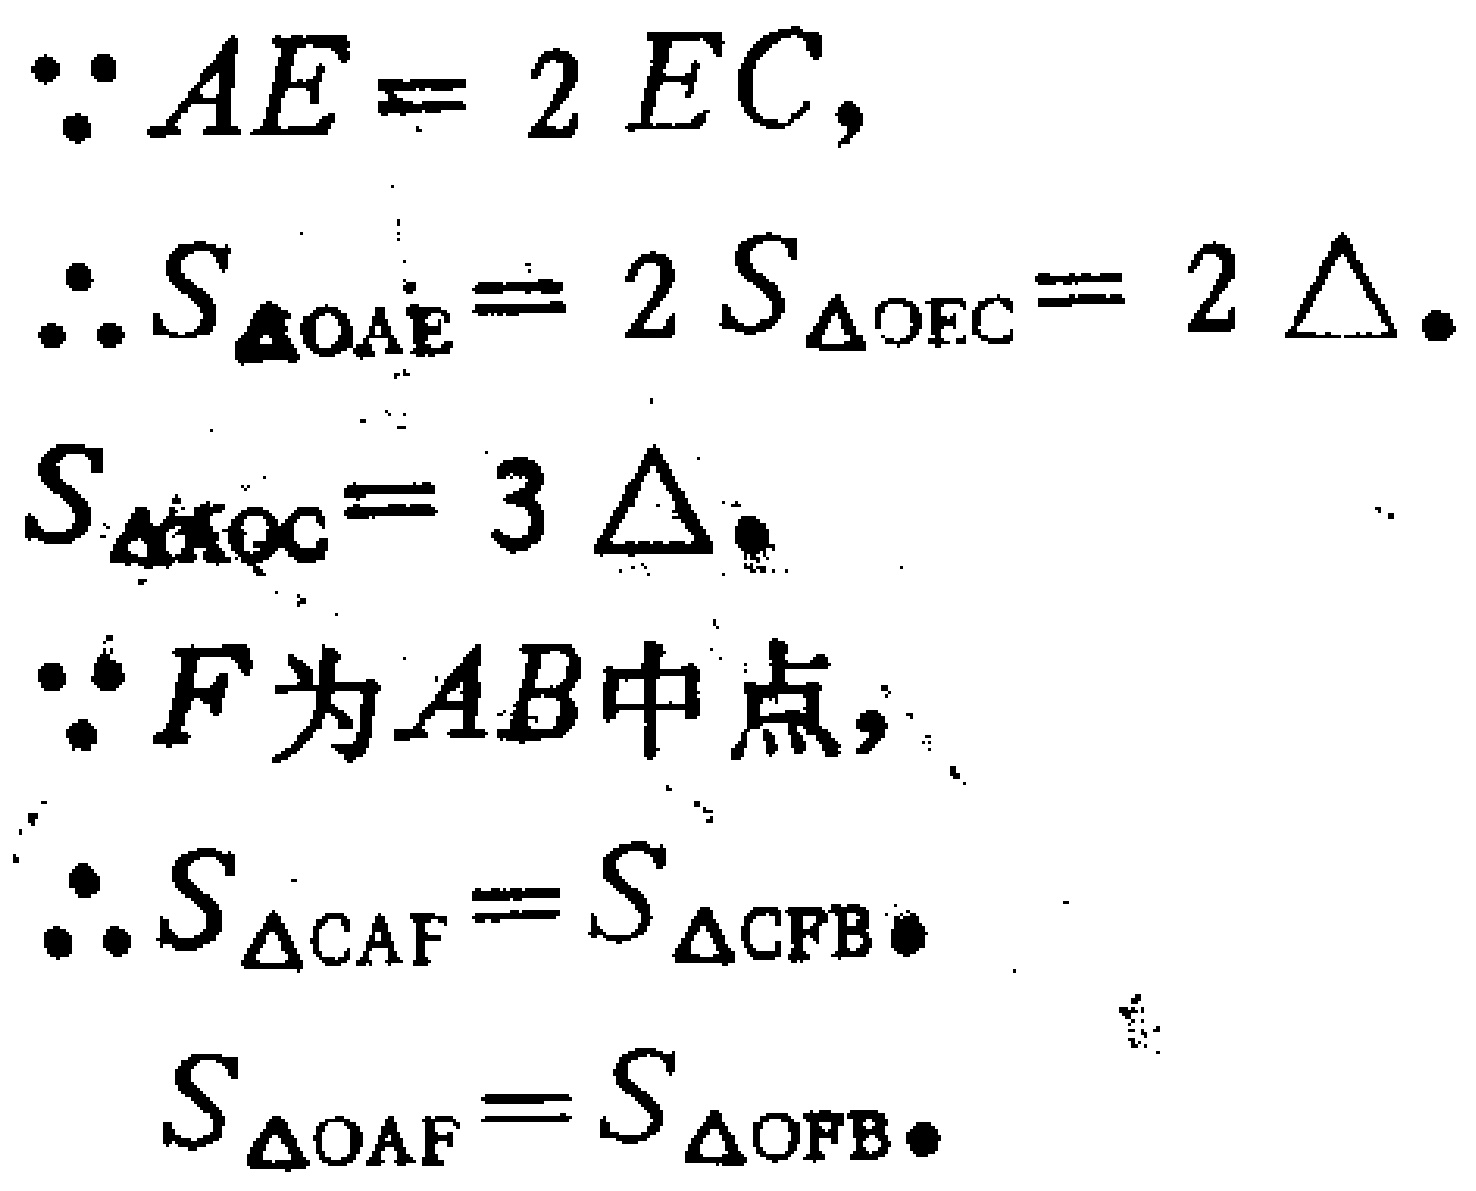
\[\begin{align*}
&\because AE = 2EC,\\
&\therefore S_{\triangle OAE}=2S_{\triangle OEC}=2\Delta.\\
&S_{\triangle AOC}=3\Delta.\\
&\because F为AB中点,\\
&\therefore S_{\triangle CAF}=S_{\triangle CFB}.\\
&S_{\triangle OAF}=S_{\triangle OFB}.
\end{align*}\]